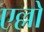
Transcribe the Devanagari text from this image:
एल्लो